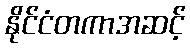
နိုင်ငံတကာအဆင့်